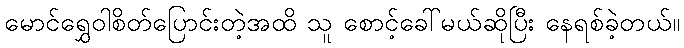
မောင်ရွှေဝါစိတ်ပြောင်းတဲ့အထိ သူ စောင့်ခေါ်မယ်ဆိုပြီး နေရစ်ခဲ့တယ်။